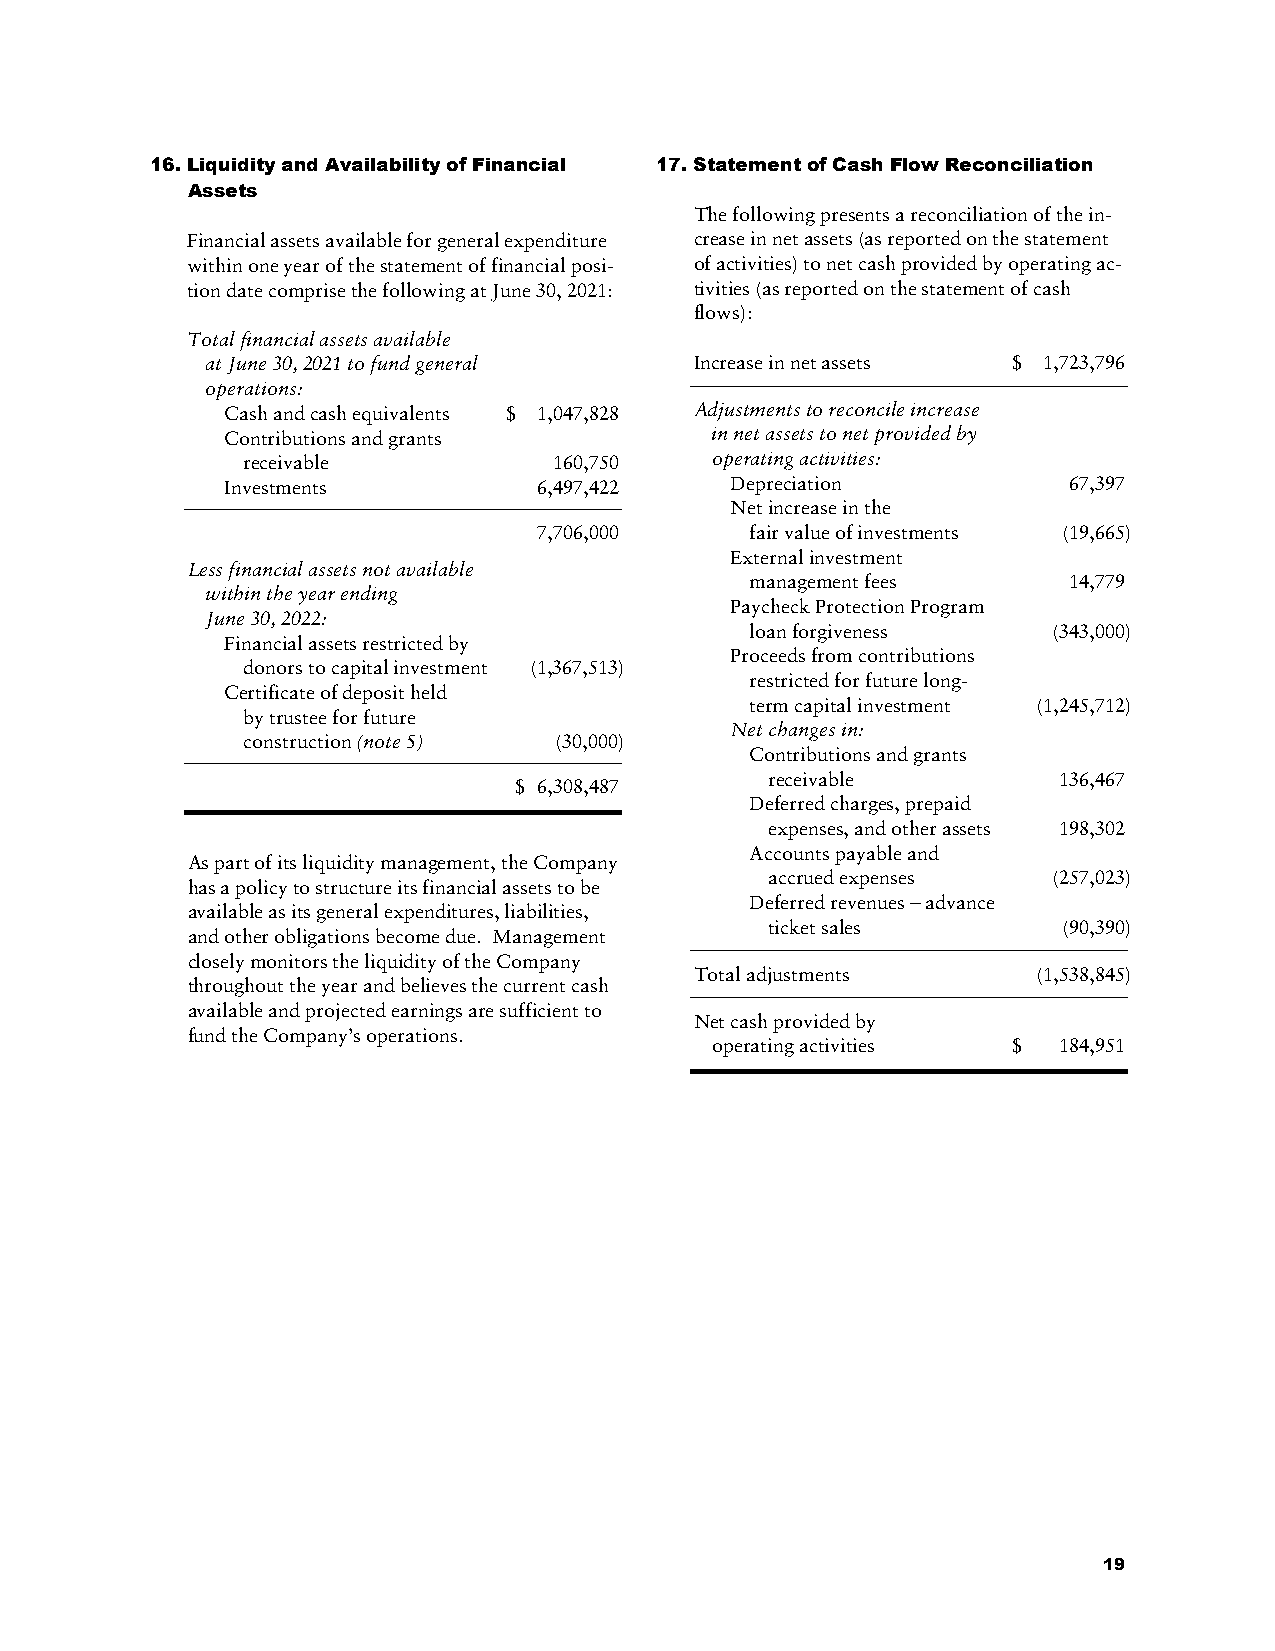
16. Liquidity and Availability of Financial 17. Statement of Cash Flow Reconciliation
 Assets
 The following presents a reconciliation of the in-
 Financial assets available for general expenditure crease in net assets (as reported on the statement
 within one year of the statement of financial posi- of activities) to net cash provided by operating ac-
 tion date comprise the following at June 30, 2021: tivities (as reported on the statement of cash
 flows):
 Total financial assets available
 at June 30, 2021 to fund general Increase in net assets $ 1,723,796
 operations:
 Cash and cash equivalents $ 1,047,828 Adjustments to reconcile increase
 Contributions and grants        in net assets to net provided by
 receivable           160,750   operating activities:
 Investments          6,497,422   Depreciation           67,397
 Net increase in the
 7,706,000     fair value of investments (19,665)
 External investment
 Less financial assets not available
 management fees      14,779
 within the year ending
 Paycheck Protection Program
 June 30, 2022:
 loan forgiveness    (343,000)
 Financial assets restricted by
 Proceeds from contributions
 donors to capital investment (1,367,513)
 restricted for future long-
 Certificate of deposit held
 term capital investment (1,245,712)
 by trustee for future
 Net changes in:
 construction (note 5) (30,000)
 Contributions and grants
 receivable         136,467
 $ 6,308,487
 Deferred charges, prepaid
 expenses, and other assets 198,302
 Accounts payable and
 As part of its liquidity management, the Company
 accrued expenses   (257,023)
 has a policy to structure its financial assets to be
 Deferred revenues – advance
 available as its general expenditures, liabilities,
 ticket sales       (90,390)
 and other obligations become due. Management
 closely monitors the liquidity of the Company
 Total adjustments      (1,538,845)
 throughout the year and believes the current cash
 available and projected earnings are sufficient to
 Net cash provided by
 fund the Company’s operations.
 operating activities $ 184,951
 19